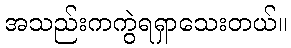
အသည်းကကွဲရရှာသေးတယ်။